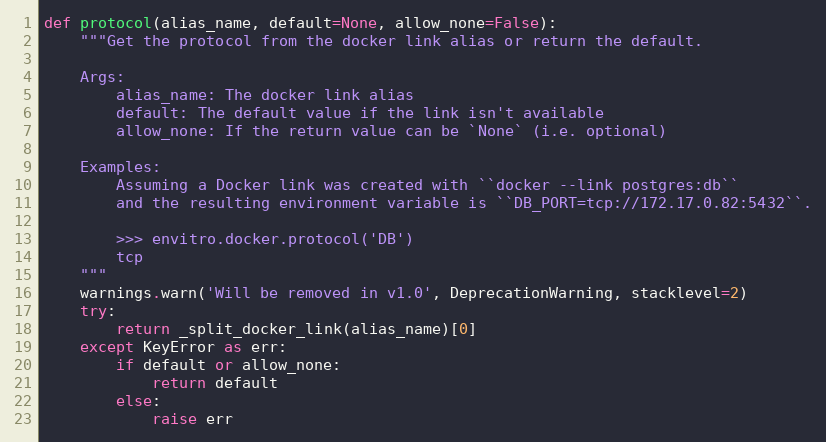
Language: Python
def protocol(alias_name, default=None, allow_none=False):
    """Get the protocol from the docker link alias or return the default.

    Args:
        alias_name: The docker link alias
        default: The default value if the link isn't available
        allow_none: If the return value can be `None` (i.e. optional)

    Examples:
        Assuming a Docker link was created with ``docker --link postgres:db``
        and the resulting environment variable is ``DB_PORT=tcp://172.17.0.82:5432``.

        >>> envitro.docker.protocol('DB')
        tcp
    """
    warnings.warn('Will be removed in v1.0', DeprecationWarning, stacklevel=2)
    try:
        return _split_docker_link(alias_name)[0]
    except KeyError as err:
        if default or allow_none:
            return default
        else:
            raise err